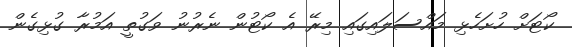
ކޯޓަށް ހުށަހެޅި މައްސަލައިގައި މިރޭ އެ ކޯޓުން ނެރުނު ވަގުތީ އަމުރާ ގުޅިގެން